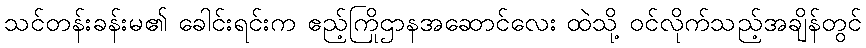
သင်တန်းခန်းမ၏ ခေါင်းရင်းက ဧည့်ကြိုဌာနအဆောင်လေး ထဲသို့ ဝင်လိုက်သည့်အချိန်တွင်